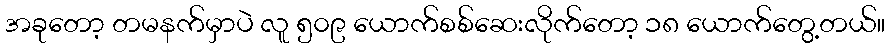
အခုတော့ တမနက်မှာပဲ လူ ၅၀၉ ယောက်စစ်ဆေးလိုက်တော့ ၁၈ ယောက်တွေ့တယ်။